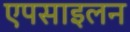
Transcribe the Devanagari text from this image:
एपसाइलन